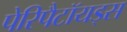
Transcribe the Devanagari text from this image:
पेरिपैटॉयड्स